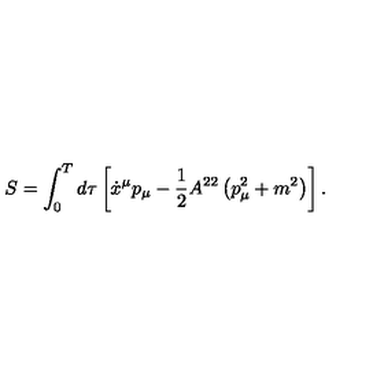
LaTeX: S = \int _ { 0 } ^ { T } d \tau \left[ \dot { x } ^ { \mu } p _ { \mu } - \frac 1 2 A ^ { 2 2 } \left( p _ { \mu } ^ { 2 } + m ^ { 2 } \right) \right] .